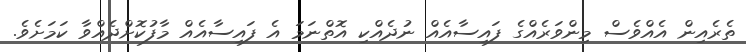
ތެރެއިން އެއްވެސް މިންވަރެއްގެ ފައިސާއެއް ނުދެއްކި އޮތްނަމަ އެ ފައިސާއެއް މާފުކޮށްދެއްވާ ކަމަށެވެ.